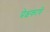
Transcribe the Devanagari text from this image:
प्रेक्षकाचे